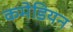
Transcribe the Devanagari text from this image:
कमेडियन